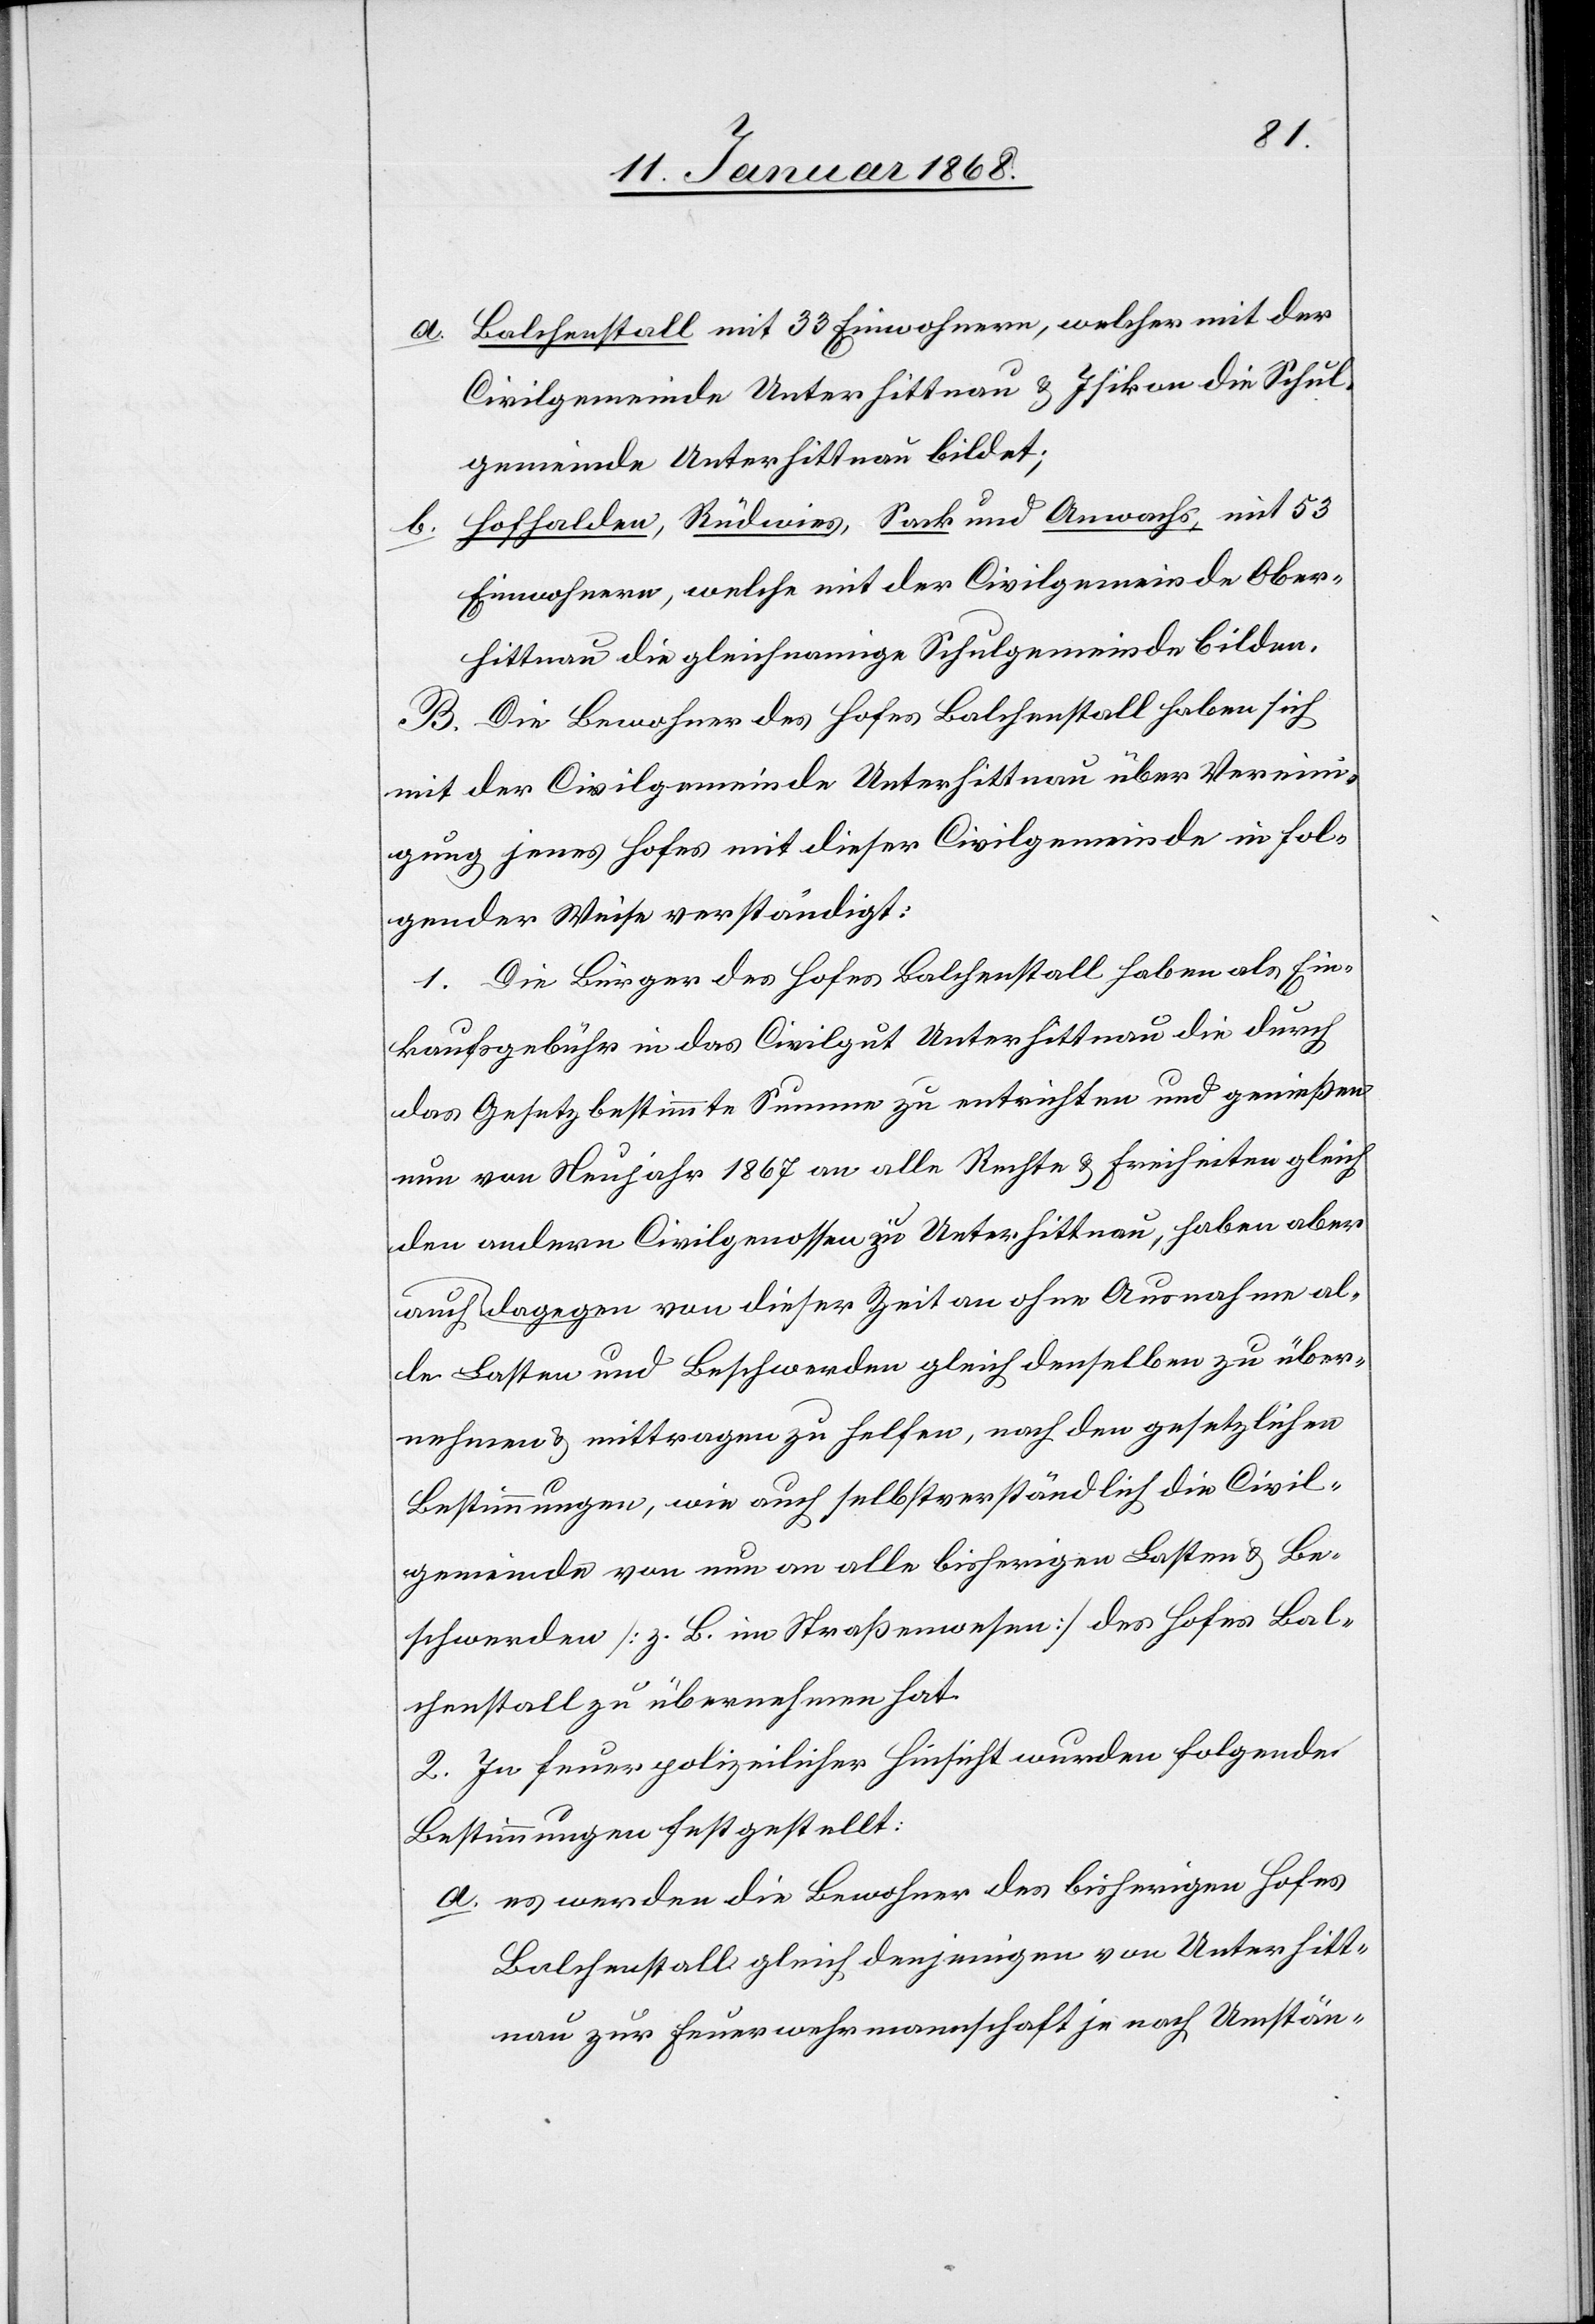
a.
Balchenstall mit 33 Einwohnern, welcher mit der
Civilgemeinde Unterhittnau & Isikon die Schul¬
gemeinde Unterhittnau bildet;
Hofhalden, Rüdwies, Sack und Anwachs, mit 53
b.
Einwohnern, welche mit der Civilgemeinde Ober¬
hittnau die gleichnamige Schulgemeinde bilden.
B. Die Bewohner des Hofes Balchenstall haben sich
mit der Civilgemeinde Unterhittnau über Vereini¬
gung jenes Hofes mit dieser Civilgemeinde in fol¬
gender Weise verständigt:
1. Die Bürger des Hofes Balchenstall haben als Ein¬
kaufsgebühr in das Civilgut Unterhittnau die durch
das Gesetz bestimmte Summe zu entrichten und genießen
nun von Neujahr 1867 an alle Rechte & Freiheiten gleich
den andern Civilgenossen zu Unterhittnau, haben aber
alle Lasten und Beschwerden gleich denselben zu über¬
nehmen & mittragen zu helfen, nach den gesetzlichen
Bestimmungen, wie auch selbstverständlich die Civil¬
gemeinde von nun an alle bisherigen Lasten & Be¬
schwerden [z. B. im Straßenwesen] des Hofes Bal¬
chenstall zu übernehmen hat.
2. In feuerpolizeilicher Hinsicht wurden folgende
Bestimmungen festgestellt:
es werden die Bewohner des bisherigen Hofes
Balchenstall gleich denjenigen von Unterhitt¬
nau zur Feuerwehrmannschaft je nach Umstän-